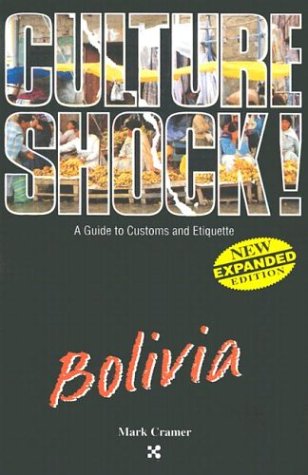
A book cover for Bolivia (Culture Shock! A Survival Guide to Customs & Etiquette); Mark Cramer; Travel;